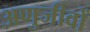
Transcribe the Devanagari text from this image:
अणुजीवों